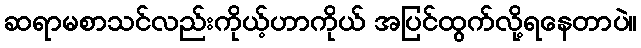
ဆရာမစာသင်လည်းကိုယ့်ဟာကိုယ် အပြင်ထွက်လို့ရနေတာပဲ။